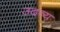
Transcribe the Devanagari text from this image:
उदव्य